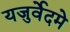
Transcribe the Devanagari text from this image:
यजुर्वेदमे